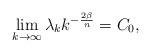
LaTeX: \begin{align*} \lim_{k\rightarrow\infty}\lambda_{k}k^{-\frac{2\beta}{n}} = C_{0}, \end{align*}